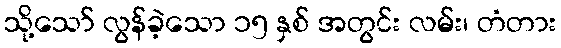
သို့သော် လွန်ခဲ့သော ၁၅ နှစ် အတွင်း လမ်း၊ တံတား